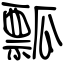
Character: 瓢